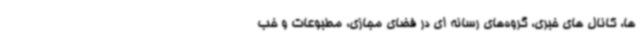
ها، کانال های خبری، گروه‌های رسانه ای در فضای مجازی، مطبوعات و خب